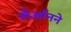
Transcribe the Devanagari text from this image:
लेऑनने